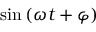
\sin { ( \omega t + \varphi ) }